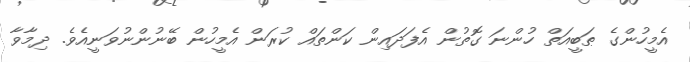
އެމީހުންގެ ޠަބީއަތް ހުންނަ ގޮތުން އެފަދައިން ކަންތައް ކުރަން އެމީހުން ބޭނުންނުވަނީއެވެ. ދިމާވާ